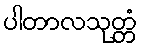
ပါတာလသုတ္တံ